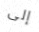
إلى